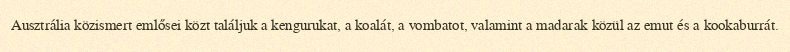
Ausztrália közismert emlősei közt találjuk a kengurukat, a koalát, a vombatot, valamint a madarak közül az emut és a kookaburrát.